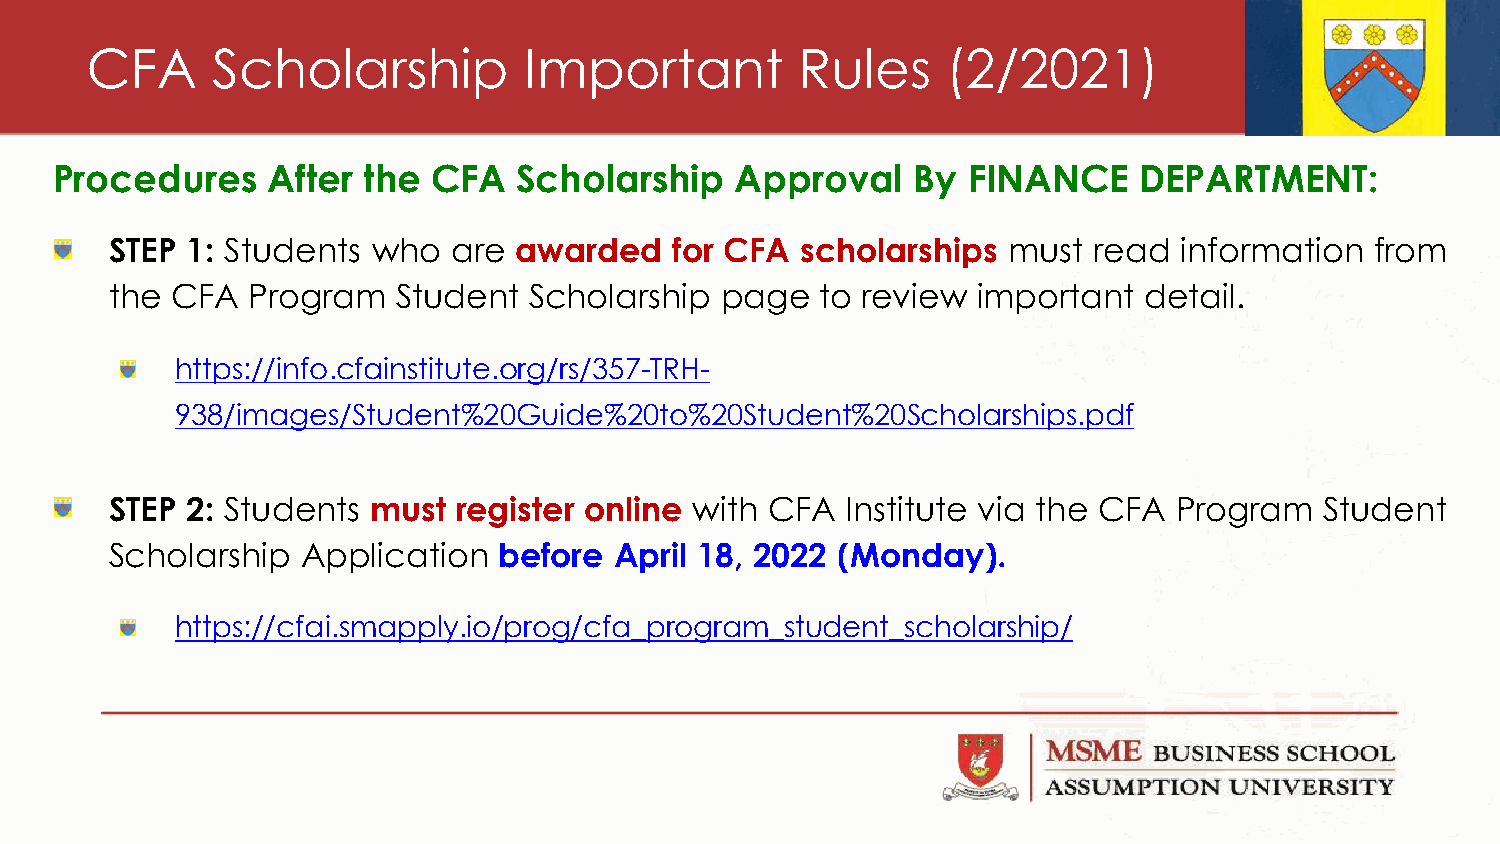
CFA     Scholarship          Important         Rules     (2/2021)
 Procedures     After the  CFA  Scholarship    Approval    By FINANCE    DEPARTMENT:
 STEP 1: Students  who  are awarded    for CFA scholarships  must read  information  from
 the CFA  Program   Student  Scholarship  page  to review  important  detail.
 https://info.cfainstitute.org/rs/357-TRH-
 938/images/Student%20Guide%20to%20Student%20Scholarships.pdf
 STEP 2: Students  must register online with CFA  Institute via the CFA Program   Student
 Scholarship  Application  before  April 18, 2022 (Monday).
 https://cfai.smapply.io/prog/cfa_program_student_scholarship/